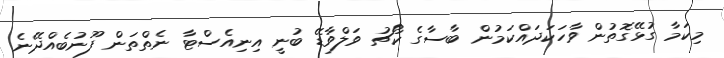
މިކަމާ ގުޅޭގޮތުން ވާހަކަދައްކަމުން ބާސާގެ ކޯޗު ވަލްވާޑޭ ބުނީ އިނިއެސްޓާ ނެތްތަން ފޫނުބެއްދޭނެ